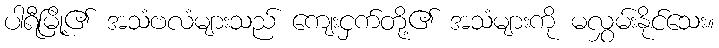
ပါရီမြို့၏ အသံဗလံများသည် ကျေးငှက်တို့၏ အသံများကို မလွှမ်းနိုင်သေး။